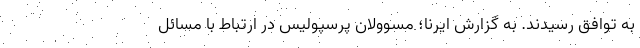
به توافق رسیدند. به گزارش ایرنا؛ مسوولان پرسپولیس در ارتباط با مسائل